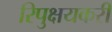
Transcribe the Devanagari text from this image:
रिपुक्षयकरी